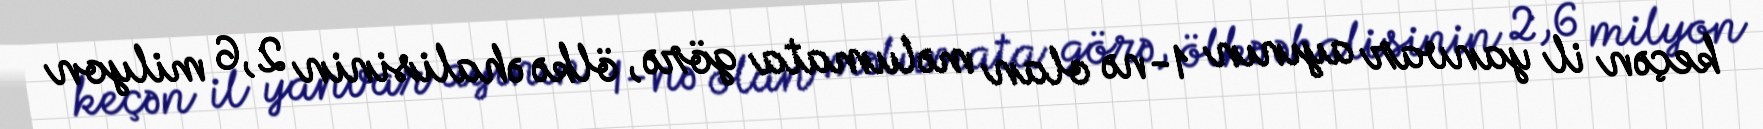
keçən il yanvar ayının 1-nə olan məlumata görə, ölkə əhalisinin 2,6 milyon